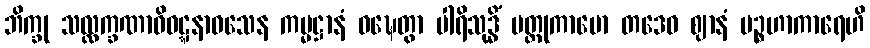
ဘိက္ခု သလ္လက္ခဏာဝိဝဋ္ဋနာဝသေန ကမ္မဋ္ဌာနံ ဝဍ္ဎေတွာ ပါရိသုဒ္ဓိံ ပတ္တုကာမော တဒေဝ ဈာနံ ပဉ္စဟာကာရေဟိ